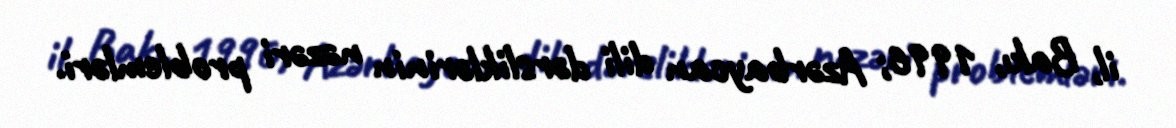
il, Bakı, 1996; Azərbaycan dili dərsliklərinin nəzəri problemləri.